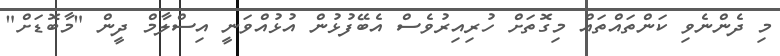
މި ދެންނެވި ކަންތައްތައް މިގޮތަށް ހުރިއިރުވެސް އެބޭފުޅުން އުޅުއްވަނީ އިސްލާމް ދީން "މާބޮޑަށް"